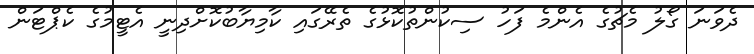
ދެވަނަ ގޯލު މެޗުގެ އެންމެ ފަހު ސިކުންތުކޮޅުގެ ތެރޭގައި ކާމިޔާބުކޮށްދިނީ އެޓީމުގެ ކެޕްޓަން